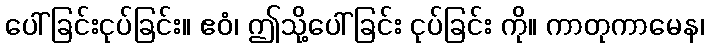
ပေါ်ခြင်းငုပ်ခြင်း။ ဧဝံ၊ ဤသို့ပေါ်ခြင်း ငုပ်ခြင်း ကို။ ကာတုကာမေန၊